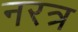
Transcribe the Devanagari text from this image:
नरत्र